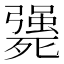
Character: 𣩴